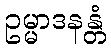
ဥမ္မာဒနန္တံ